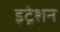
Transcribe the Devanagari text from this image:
इट्रेशन